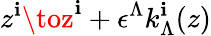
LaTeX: z^{\mathbf{i}}\toz^{\mathbf{i}}+\epsilon^{\Lambda}k_{\Lambda}^{\mathbf{i}}(z)